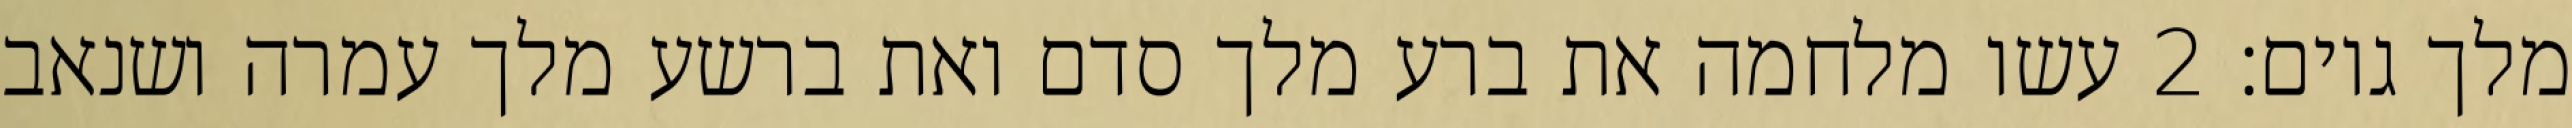
מלך גוים׃ ‎2‏ עשו מלחמה את ברע מלך סדם ואת ברשע מלך עמרה ושנאב